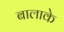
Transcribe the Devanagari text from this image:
बालाके